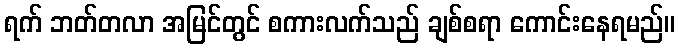
ရက် ဘတ်တလာ အမြင်တွင် စကားလက်သည် ချစ်စရာ ကောင်းနေရမည်။